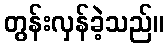
တွန်းလှန်ခဲ့သည်။